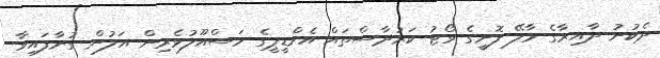
ދެކުނު ދާއިރާގެ މާލޭ ފޮށީގެ ވޯޓު ކަރުދާސްތައް އެމްޑީޕީގެ މަސްއޫލުވެރިން އަލުން ގުނާފައިވާ